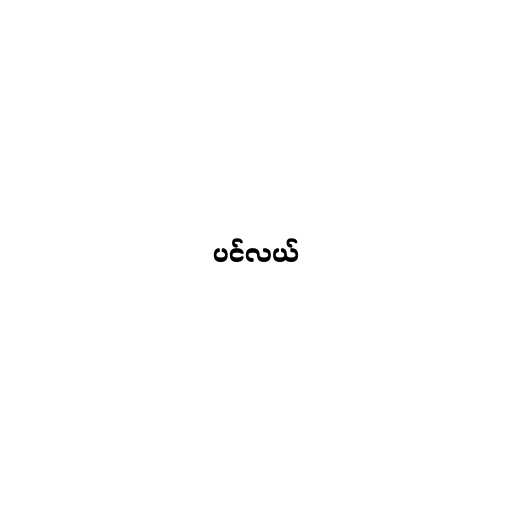
ပင်လယ်